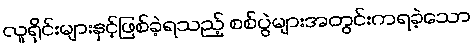
လူရိုင်းများနှင့်ဖြစ်ခဲ့ရသည့် စစ်ပွဲများအတွင်းကရခဲ့သော